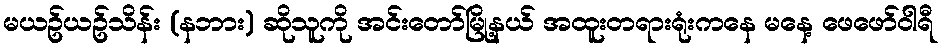
မယဥ်ယဥ်သိန်း (နဘား) ဆိုသူကို အင်းတော်မြို့နယ် အထူးတရားရုံးကနေ မနေ့ ဖေဖော်ဝါရီ